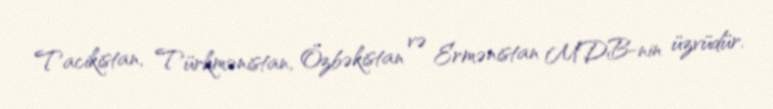
Tacikistan, Türkmənistan, Özbəkistan və Ermənistan MDB-nin üzvüdür.